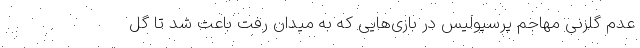
عدم گلزنی مهاجم پرسپولیس در بازی‌هایی که به میدان رفت باعث شد تا گل